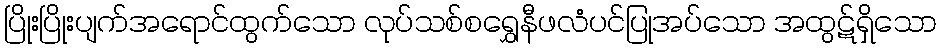
ပြိုးပြိုးပျက်အရောင်ထွက်သော လုပ်သစ်စရွှေနီဖလံပင်ပြုအပ်သော အထွဋ်ရှိသော